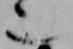
也